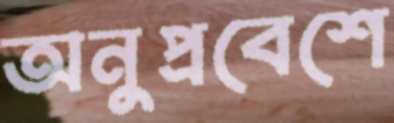
অনুপ্রবেশে